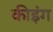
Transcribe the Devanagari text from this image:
कीइंग